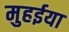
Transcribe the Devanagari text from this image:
मुहईया